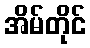
အိမ်တိုင်